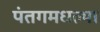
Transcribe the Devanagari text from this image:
पंतगमधल्या